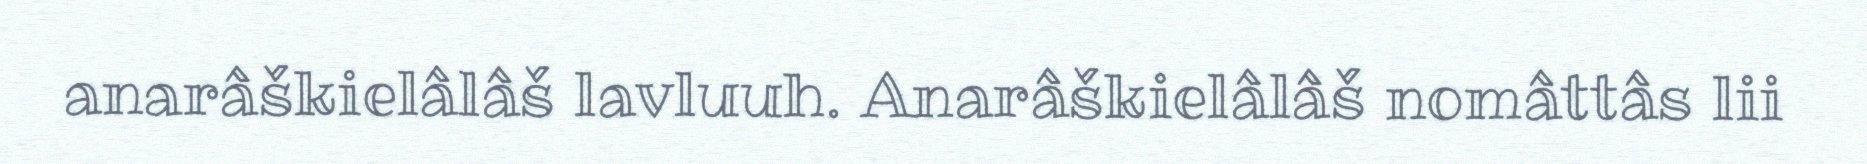
anarâškielâlâš lavluuh. Anarâškielâlâš nomâttâs lii